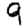
Digit: 9